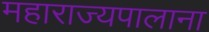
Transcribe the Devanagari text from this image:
महाराज्यपालाना